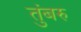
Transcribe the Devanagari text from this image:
तुंबरु